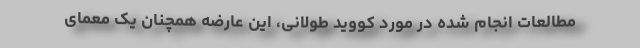
مطالعات انجام شده در مورد کووید طولانی، این عارضه همچنان یک معمای